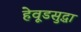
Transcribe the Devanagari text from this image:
हेवूडसुद्धा